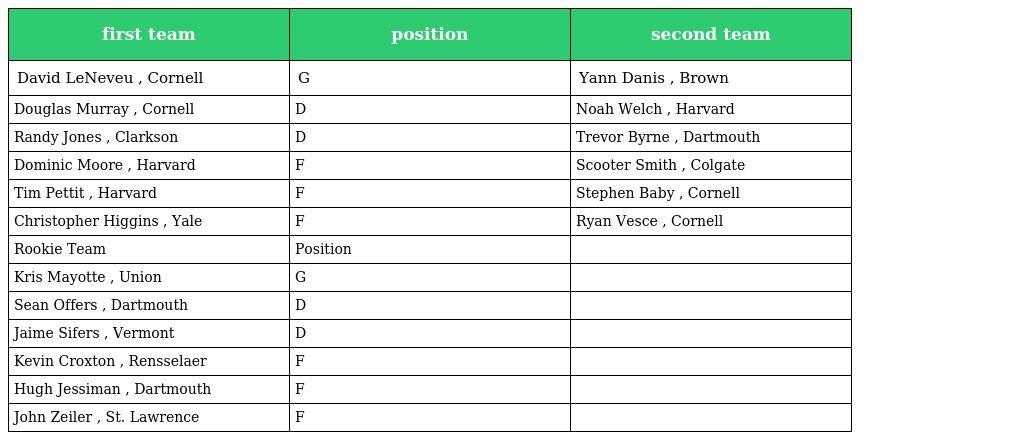
| first team | position | second team |
 | --- | --- | --- |
 | David LeNeveu , Cornell | G | Yann Danis , Brown |
 | Douglas Murray , Cornell | D | Noah Welch , Harvard |
 | Randy Jones , Clarkson | D | Trevor Byrne , Dartmouth |
 | Dominic Moore , Harvard | F | Scooter Smith , Colgate |
 | Tim Pettit , Harvard | F | Stephen Baby , Cornell |
 | Christopher Higgins , Yale | F | Ryan Vesce , Cornell |
 | Rookie Team | Position |  |
 | Kris Mayotte , Union | G |  |
 | Sean Offers , Dartmouth | D |  |
 | Jaime Sifers , Vermont | D |  |
 | Kevin Croxton , Rensselaer | F |  |
 | Hugh Jessiman , Dartmouth | F |  |
 | John Zeiler , St. Lawrence | F |  |